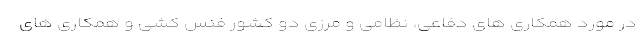
در مورد همکاری های دفاعی، نظامی و مرزی دو کشور فنس کشی و همکاری های